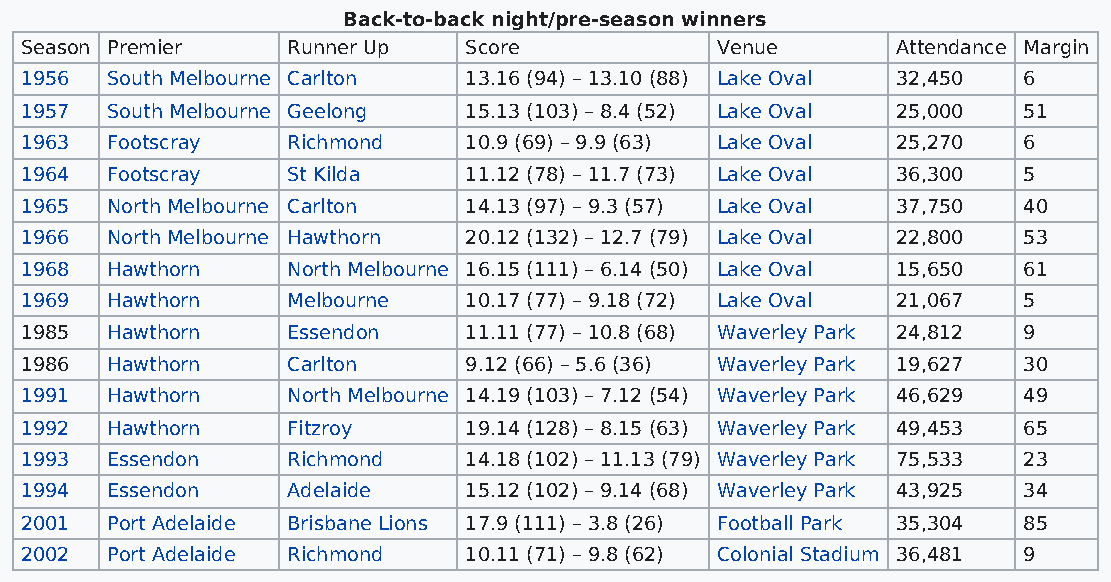
Back-to-back night/pre-season winners
 Season Premier    Runner Up   Score           Venue       Attendance Margin
 1956  South Melbourne Carlton 13.16 (94) – 13.10 (88) Lake Oval 32,450 6
 1957  South Melbourne Geelong 15.13 (103) – 8.4 (52) Lake Oval 25,000 51
 1963  Footscray   Richmond    10.9 (69) – 9.9 (63) Lake Oval 25,270 6
 1964  Footscray   St Kilda    11.12 (78) – 11.7 (73) Lake Oval 36,300 5
 1965  North Melbourne Carlton 14.13 (97) – 9.3 (57) Lake Oval 37,750 40
 1966  North Melbourne Hawthorn 20.12 (132) – 12.7 (79) Lake Oval 22,800 53
 1968  Hawthorn    North Melbourne 16.15 (111) – 6.14 (50) Lake Oval 15,650 61
 1969  Hawthorn    Melbourne   10.17 (77) – 9.18 (72) Lake Oval 21,067 5
 1985  Hawthorn    Essendon    11.11 (77) – 10.8 (68) Waverley Park 24,812 9
 1986  Hawthorn    Carlton     9.12 (66) – 5.6 (36) Waverley Park 19,627 30
 1991  Hawthorn    North Melbourne 14.19 (103) – 7.12 (54) Waverley Park 46,629 49
 1992  Hawthorn    Fitzroy     19.14 (128) – 8.15 (63) Waverley Park 49,453 65
 1993  Essendon    Richmond    14.18 (102) – 11.13 (79) Waverley Park 75,533 23
 1994  Essendon    Adelaide    15.12 (102) – 9.14 (68) Waverley Park 43,925 34
 2001  Port Adelaide Brisbane Lions 17.9 (111) – 3.8 (26) Football Park 35,304 85
 2002  Port Adelaide Richmond  10.11 (71) – 9.8 (62) Colonial Stadium 36,481 9